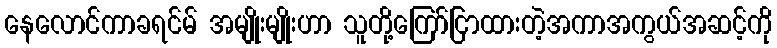
နေလောင်ကာခရင်မ် အမျိုးမျိုးဟာ သူတို့ကြော်ငြာထားတဲ့အကာအကွယ်အဆင့်ကို